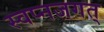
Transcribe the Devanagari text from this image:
स्वप्नजगत्‌